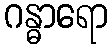
ဂန္ဓာရော